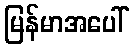
မြန်မာအပေါ်